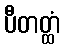
ပီတတ္ထံ